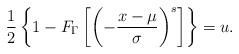
LaTeX: \begin{align*}\frac{1}{2}\left\{1 - F_\Gamma\left[\left(-\frac{x-\mu}{\sigma}\right)^s\right]\right\}=u.\end{align*}